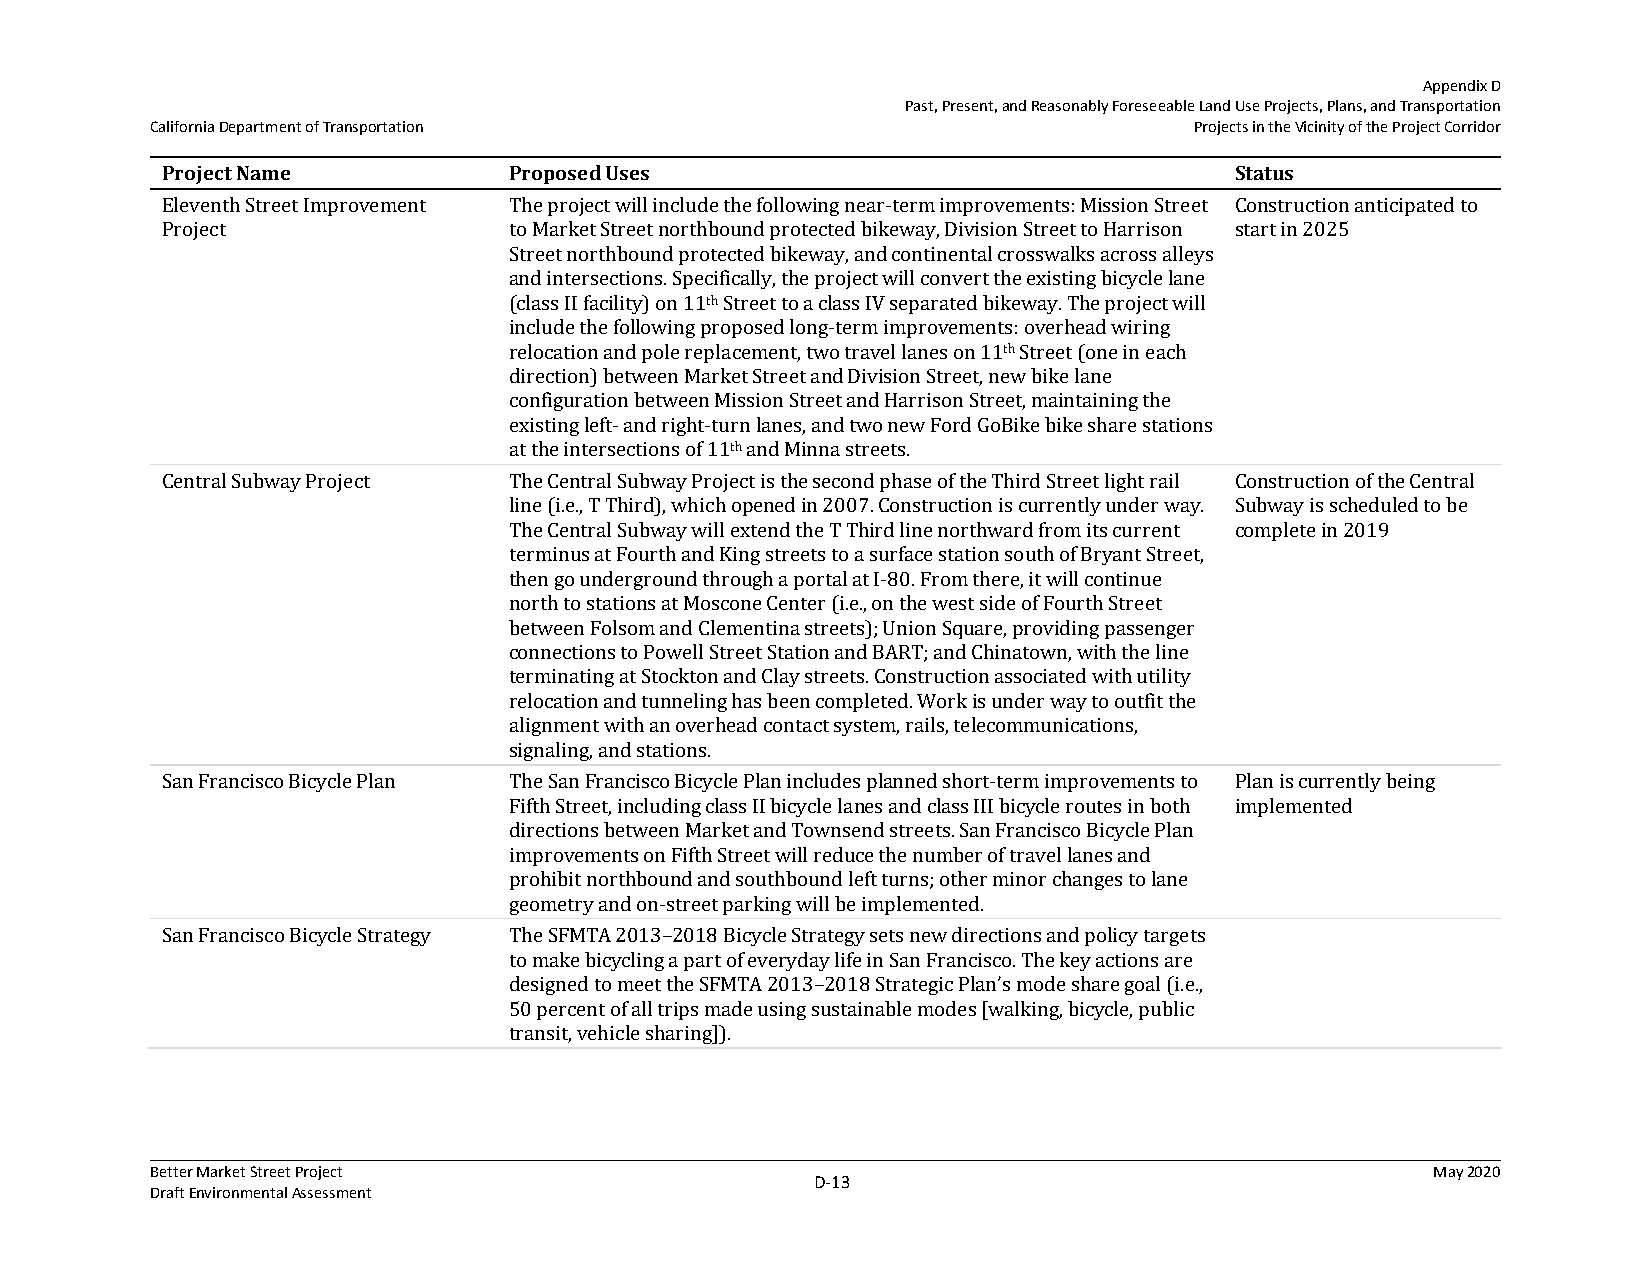
Appendix D
 Past, Present, and Reasonably Foreseeable Land Use Projects, Plans, and Transportation
 California Department of Transportation                              Projects in the Vicinity of the Project Corridor
 Project Name           Proposed Uses                                   Status
 Eleventh Street Improvement The project will include the following near-term improvements: Mission Street Construction anticipated to
 Project                to Market Street northbound protected bikeway, Division Street to Harrison start in 2025
 Street northbound protected bikeway, and continental crosswalks across alleys
 and intersections. Specifically, the project will convert the existing bicycle lane
 (class II facility) on 11th Street to a class IV separated bikeway. The project will
 include the following proposed long-term improvements: overhead wiring
 relocation and pole replacement, two travel lanes on 11th Street (one in each
 direction) between Market Street and Division Street, new bike lane
 configuration between Mission Street and Harrison Street, maintaining the
 existing left- and right-turn lanes, and two new Ford GoBike bike share stations
 at the intersections of 11th and Minna streets.
 Central Subway Project The Central Subway Project is the second phase of the Third Street light rail Construction of the Central
 line (i.e., T Third), which opened in 2007. Construction is currently under way. Subway is scheduled to be
 The Central Subway will extend the T Third line northward from its current complete in 2019
 terminus at Fourth and King streets to a surface station south of Bryant Street,
 then go underground through a portal at I-80. From there, it will continue
 north to stations at Moscone Center (i.e., on the west side of Fourth Street
 between Folsom and Clementina streets); Union Square, providing passenger
 connections to Powell Street Station and BART; and Chinatown, with the line
 terminating at Stockton and Clay streets. Construction associated with utility
 relocation and tunneling has been completed. Work is under way to outfit the
 alignment with an overhead contact system, rails, telecommunications,
 signaling, and stations.
 San Francisco Bicycle Plan The San Francisco Bicycle Plan includes planned short-term improvements to Plan is currently being
 Fifth Street, including class II bicycle lanes and class III bicycle routes in both implemented
 directions between Market and Townsend streets. San Francisco Bicycle Plan
 improvements on Fifth Street will reduce the number of travel lanes and
 prohibit northbound and southbound left turns; other minor changes to lane
 geometry and on-street parking will be implemented.
 San Francisco Bicycle Strategy The SFMTA 2013–2018 Bicycle Strategy sets new directions and policy targets
 to make bicycling a part of everyday life in San Francisco. The key actions are
 designed to meet the SFMTA 2013–2018 Strategic Plan’s mode share goal (i.e.,
 50 percent of all trips made using sustainable modes [walking, bicycle, public
 transit, vehicle sharing]).
 Better Market Street Project                                                         May 2020
 D‐13
 Draft Environmental Assessment